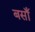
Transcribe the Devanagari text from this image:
बसाँ